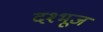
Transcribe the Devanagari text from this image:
दश्भूज